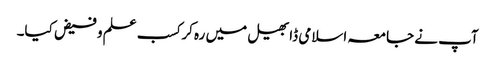
آپ نے جامعہ اسلامی ڈابھیل میں رہ کر کسب علم و فیض کیا۔